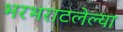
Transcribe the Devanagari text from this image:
भरभराटलेल्या